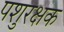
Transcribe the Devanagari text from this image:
पशुरक्षक